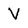
Character: V